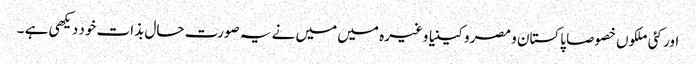
اور کئی ملکوں خصوصا پاکستان و مصر و کینیا وغیرہ میں میں نے یہ صورت حال بذات خود دیکھی ہے ۔